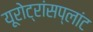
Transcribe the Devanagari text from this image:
यूरोट्रांसप्लांट